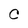
Character: C